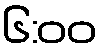
၆:၀၀